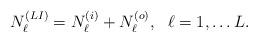
LaTeX: \begin{align*}N_{\ell}^{(LI)} = N_{\ell}^{(i)} + N_{\ell}^{(o)},\ \ \ell = 1,\dots L. \end{align*}